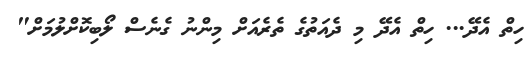
ހިތް އެދޭ... ހިތް އެދޭ މި ދެއަތުގެ ތެރެއަށް މިންނު ގެނެސް ލޯބިކޮށްލުމަށް"